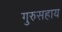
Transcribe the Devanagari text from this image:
गुरुसहाय